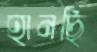
হানছি